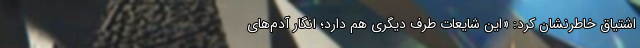
اشتیاق خاطرنشان کرد: «این شایعات طرفِ دیگری هم دارد؛ انگار آدم‌های